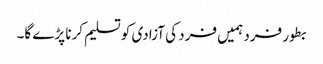
بطور فرد ہمیں فرد کی آزادی کو تسلیم کرنا پڑے گا۔